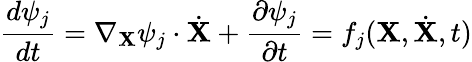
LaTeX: \frac{d\psi_{j}}{dt}=\nabla_{\mathbf X}\psi_{j}\cdot{\dot{\mathbf X}}+\frac{\partial\psi_{j}}{\partial t}=f_{j}({\mathbf X},{\dot{\mathbf X}},t)